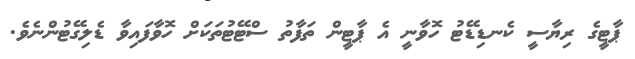
ޕާޓީގެ ރިޔާސީ ކެނޑިޑޭޓު ހޮވާނީ އެ ޕާޓީން ތަފާތު ސްޓޭޓުތަކަށް ހޮވާފައިވާ ޑެލިގޭޓުންނެވެ.